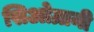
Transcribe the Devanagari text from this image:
सिओग्रानी